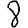
Digit: 8